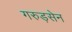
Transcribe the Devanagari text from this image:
गरुड़सेन